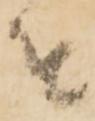
を